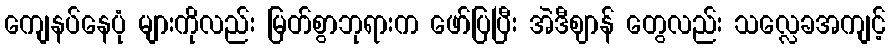
ကျေနပ်နေပုံ များကိုလည်း မြတ်စွာဘုရားက ဖော်ပြပြီး အဲဒီဈာန် တွေလည်း သလ္လေခအကျင့်